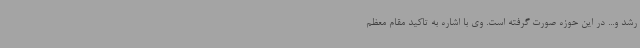
رشد و... در این حوزه صورت گرفته است. وی‌ با اشاره به تاکید مقام معظم